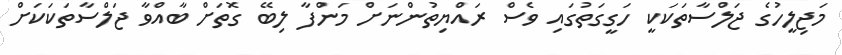
މަޖިލީހުގެ ޖަލްސާތަކަކީ ހަގީގަތުގައި ވެސް ރައްޔިތުންނަށް މަންފާ ލިބޭ ގޮތަށް ބާއްވާ ޖަލްސާތަކަކަށް